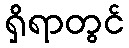
ရှိရာတွင်